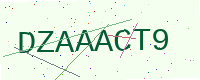
Text: DZAAACT9